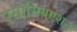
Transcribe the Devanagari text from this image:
एसोसियएशन